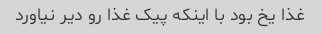
غذا یخ بود با اینکه پیک غذا رو دیر نیاورد